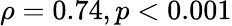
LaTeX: \rho=0.74,p<0.001